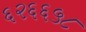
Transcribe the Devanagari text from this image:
६२६६५८